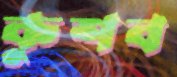
কুশব